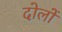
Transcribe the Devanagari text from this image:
दोलों